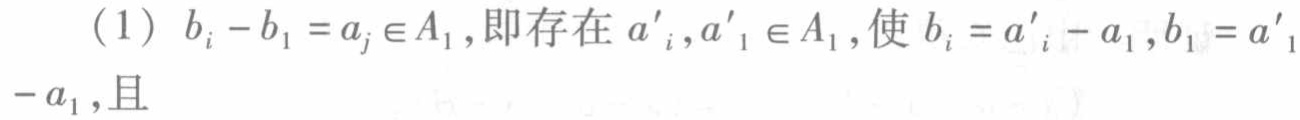
(1) \(b_{i}-b_{1}=a_{j}\in A_{1}\),即存在 \(a'_{i},a'_{1}\in A_{1}\),使 \(b_{i}=a'_{i}-a_{1},b_{1}=a'_{1}-a_{1}\),且